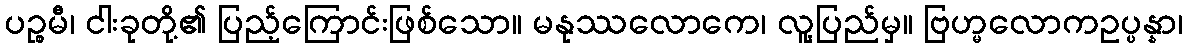
ပဉ္စမီ၊ ငါးခုတို့၏ ပြည့်ကြောင်းဖြစ်သော။ မနုဿလောကေ၊ လူ့ပြည်မှ။ ဗြဟ္မလောကဥပ္ပန္နာ၊